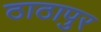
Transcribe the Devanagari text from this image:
ठाठापुर